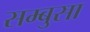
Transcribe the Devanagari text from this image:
सम्बुसा